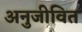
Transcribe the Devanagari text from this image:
अनुजीवित